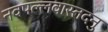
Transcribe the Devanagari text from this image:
नवपल्लवास्तदनु